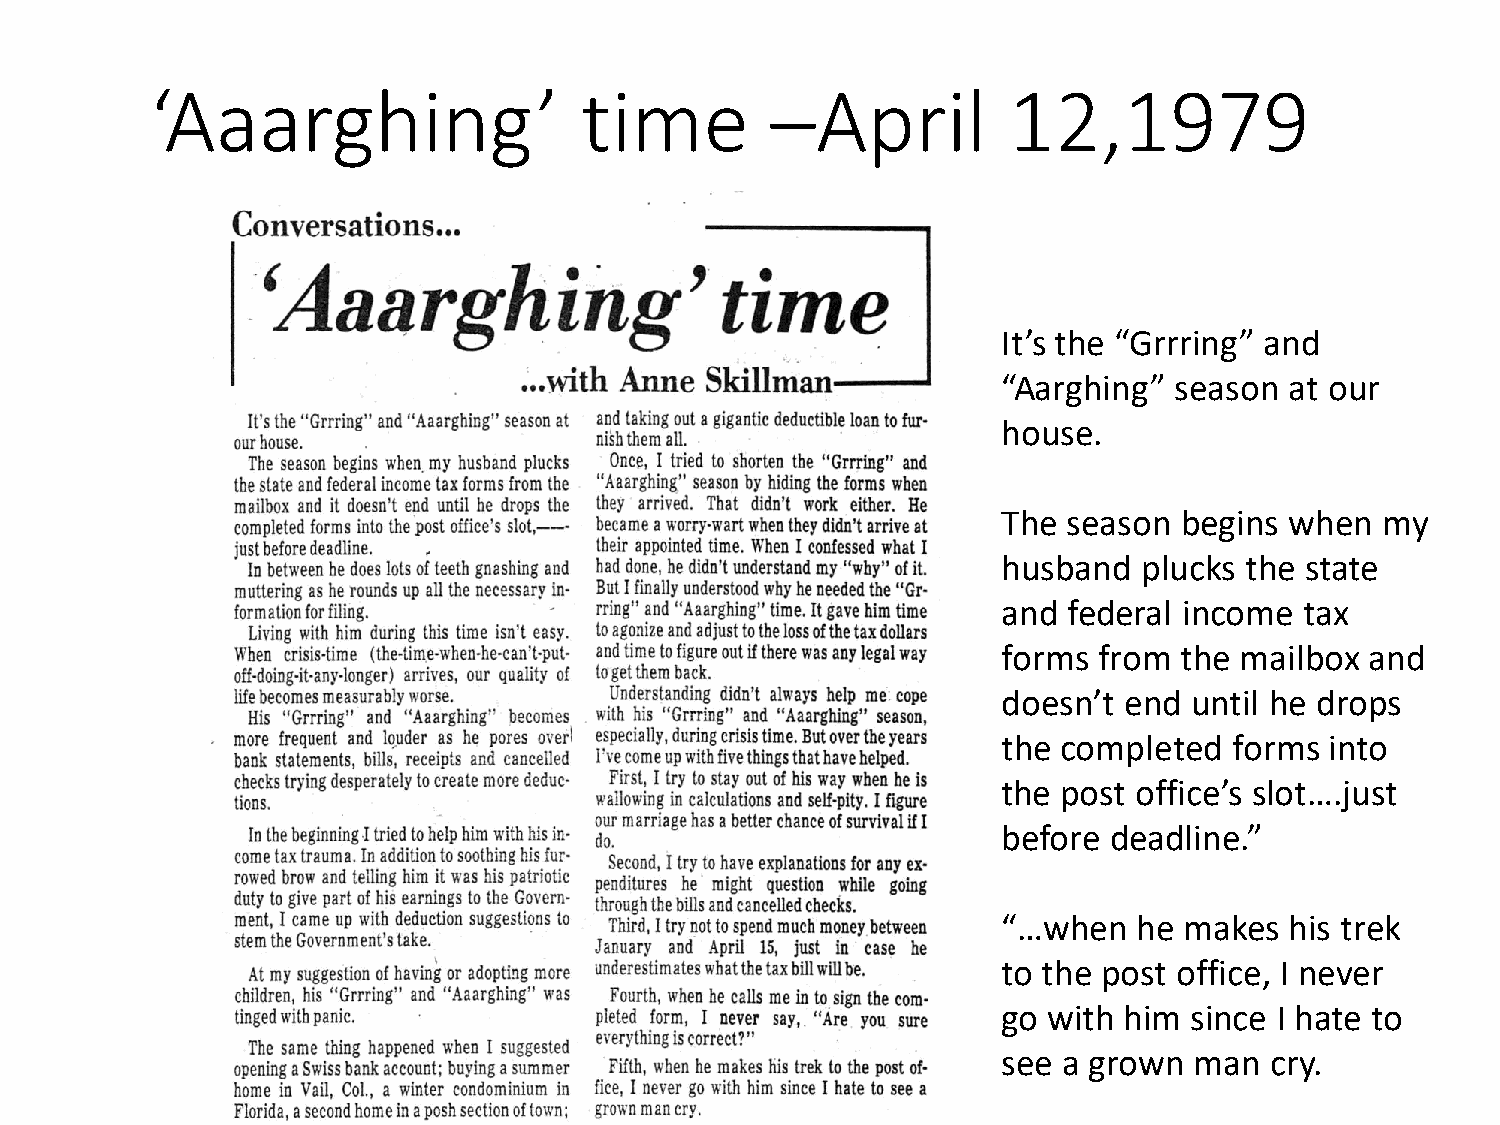
‘Aaarghing’                 time         –April          12,1979
 It’s the “Grrring” and
 “Aarghing”  season at our
 house.
 The  season begins when   my
 husband   plucks the state
 and  federal income tax
 forms  from the mailbox  and
 doesn’t end  until he drops
 the completed   forms into
 the post office’s slot….just
 before deadline.”
 “…when   he makes  his trek
 to the post office, I never
 go with him  since I hate to
 see a grown  man  cry.